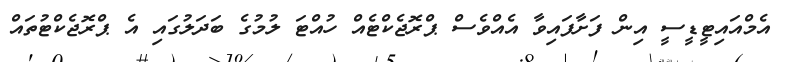
އެމްއައިޓީޑީސީ އިން ފަށާފައިވާ އެއްވެސް ޕްރޮޖެކްޓެއް ހުއްޓަ ލުމުގެ ބަދަލުގައި އެ ޕްރޮޖެކްޓުތައް